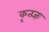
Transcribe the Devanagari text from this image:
कृतज्ञः